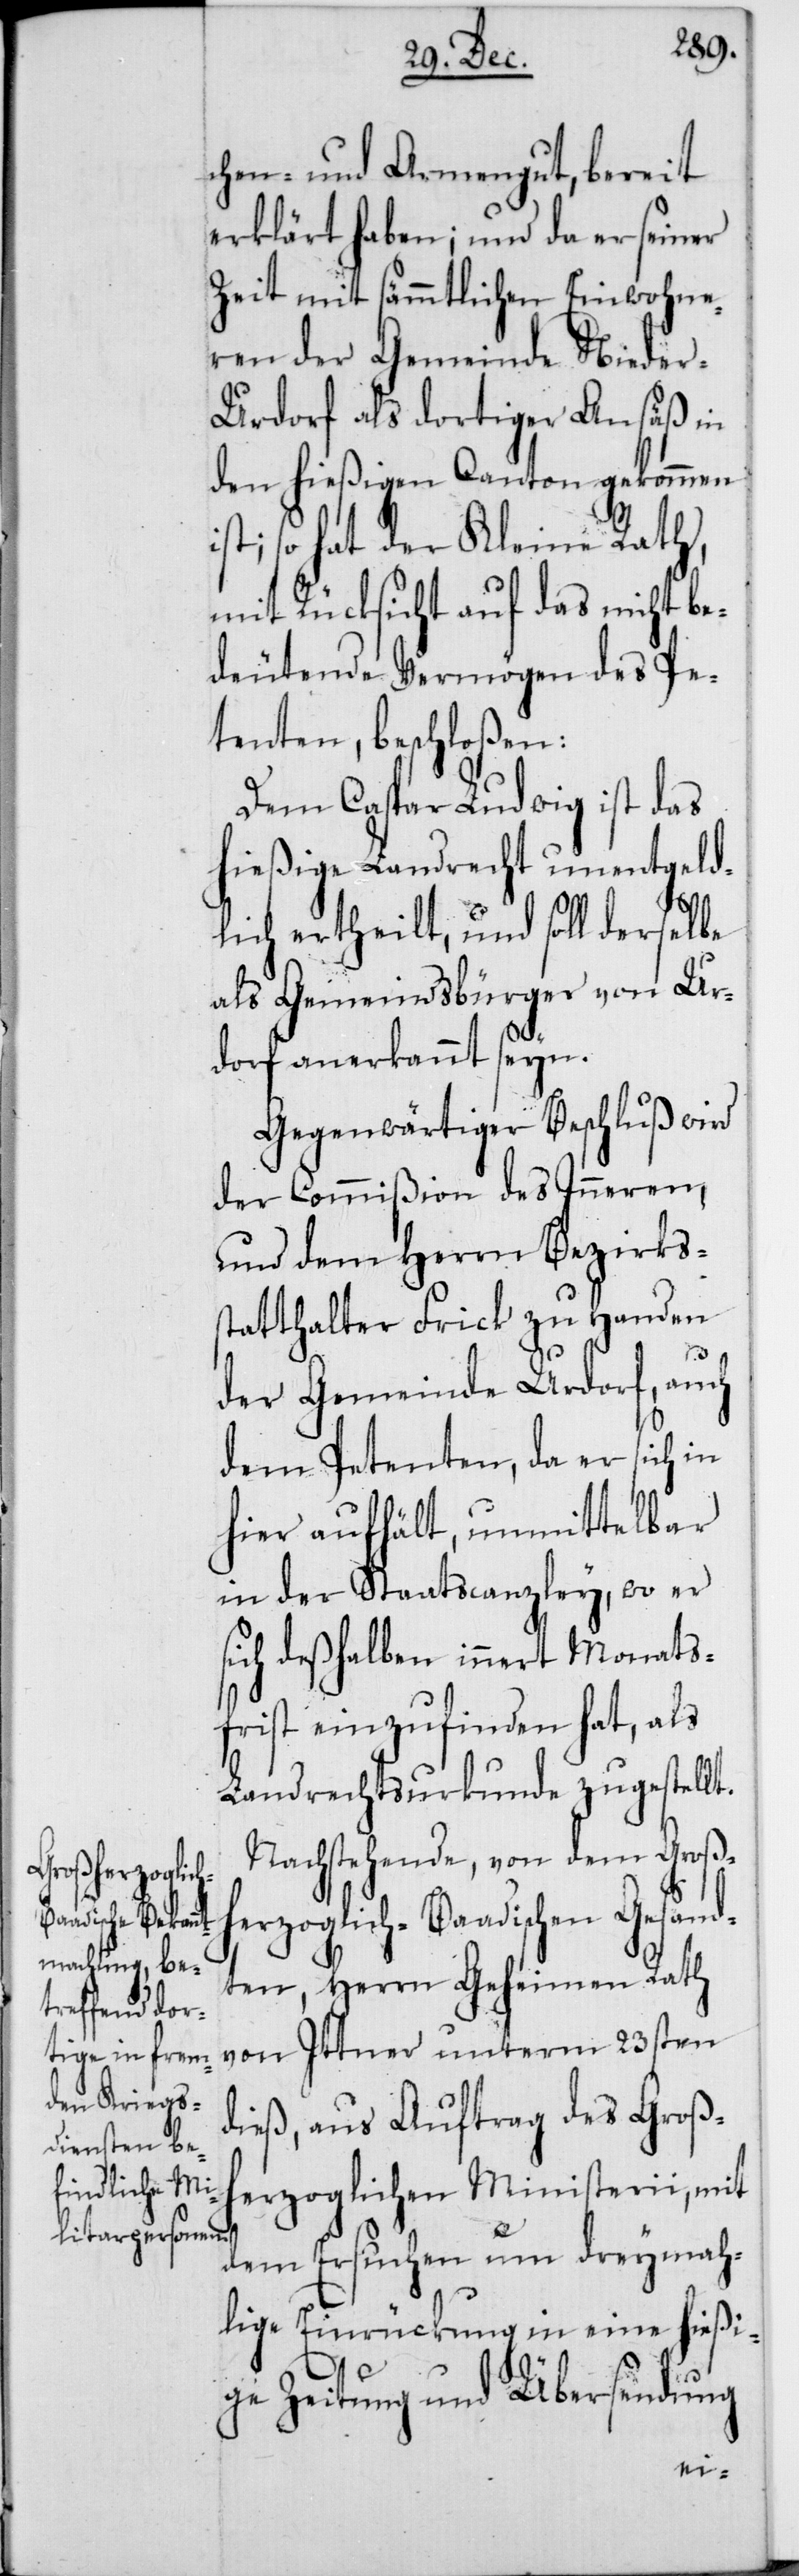
chen- und Armengut, bereit
erklärt haben; und da er seiner
Zeit mit sämmtlichen Einwohne¬
ren der Gemeinde Nieder-U¬
rdorf als dortiger Ansäß in
den hießigen Canton gekommen
ist; so hat der Kleine Rath,
mit Rücksicht auf das nicht be¬
deutende Vermögen des Pe¬
tenten, beschloßen:
Dem Caspar Ludwig ist das
hießige Landrecht unentgeld¬
lich ertheilt, und soll derselbe
als Gemeindsbürger von Ur¬
dorf anerkannt seyn.
Gegenwärtiger Beschluß wird
der Commißion des Inneren
und dem Herrn Bezirks¬
statthalter Frick zu Handen
der Gemeinde Urdorf, auch
dem Petenten, da er sich in
hier aufhält, unmittelbar
in der Staatscanzley, wo er
ch deßhalben innert Monats¬
frist einzufinden hat, als
Landrechtsurkunde zugestellt.
Nachstehende, von dem Großh¬
erzoglich-Baadischen Gesand¬
ten, Herrn Geheimen Rath
von Ittner unterm 23sten
dieß, aus Auftrag des Groß¬
herzoglichen Ministerii, mit
dem Ersuchen um dreymah¬
lige Einrückung in eine hießi¬
ge Zeitung und Übersendung
si¬